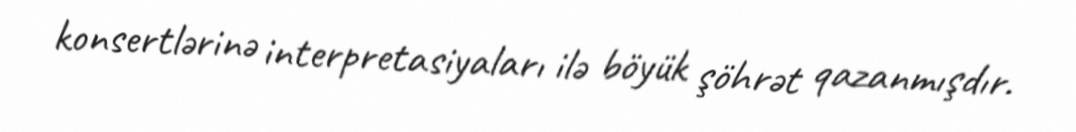
konsertlərinə interpretasiyaları ilə böyük şöhrət qazanmışdır.